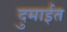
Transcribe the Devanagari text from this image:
दुमाईत